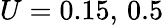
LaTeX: U=0.15,\, 0.5